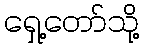
ရှေ့တော်သို့